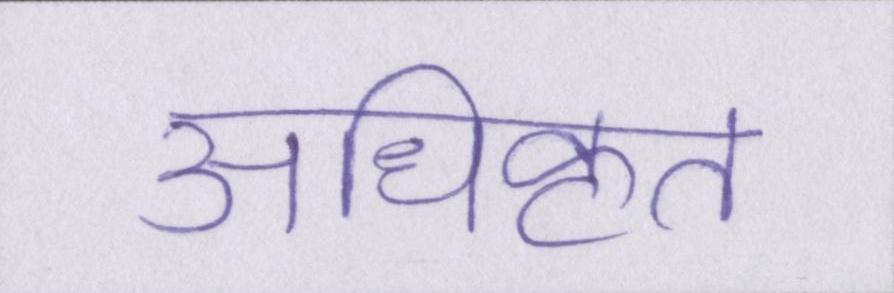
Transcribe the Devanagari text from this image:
अधिकृत